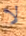
لا